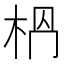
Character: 𣐶